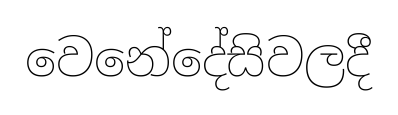
වෙනේදේසිවලදී